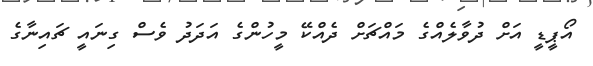
އޯޕީޑީ އަށް ދުވާލެއްގެ މައްޗަށް ދެއްކޭ މީހުންގެ އަދަދު ވެސް ގިނައީ ޗައިނާގެ